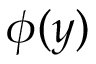
\phi ( y )